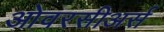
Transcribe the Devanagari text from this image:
ओवरसीअर्स